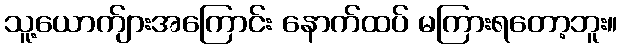
သူ့ယောက်ျားအကြောင်း နောက်ထပ် မကြားရတော့ဘူး။